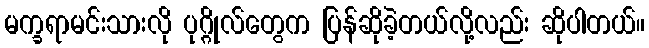
မက္ခရာမင်းသားလို ပုဂ္ဂိုလ်တွေက ပြန်ဆိုခဲ့တယ်လို့လည်း ဆိုပါတယ်။